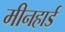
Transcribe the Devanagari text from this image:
मीनहार्ड